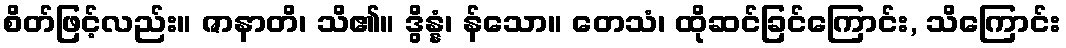
စိတ်ဖြင့်လည်း။ ဇာနာတိ၊ သိ၏။ ဒွိန္နံ၊ န်သော။ တေသံ၊ ထိုဆင်ခြင်ကြောင်း, သိကြောင်း